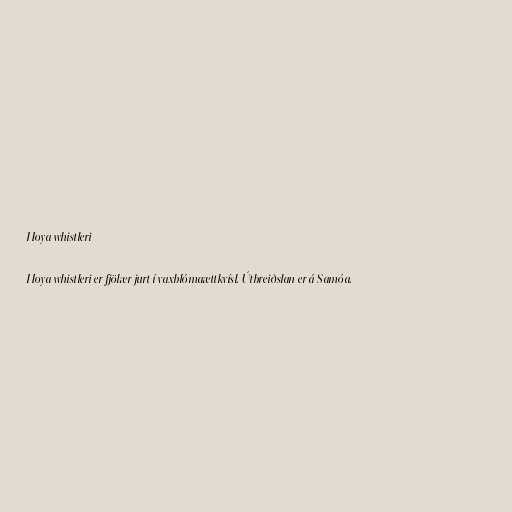
Hoya whistleri

Hoya whistleri er fjölær jurt í vaxblómaættkvísl. Útbreiðslan er á Samóa.